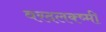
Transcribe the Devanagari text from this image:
वरदलक्ष्मी